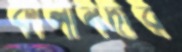
কালীনদীর